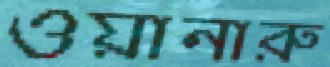
ওয়ানারু